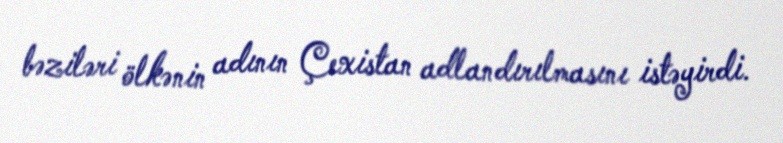
bəziləri ölkənin adının Çexistan adlandırılmasını istəyirdi.